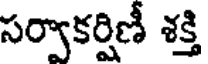
సర్వాకర్షిణీ శక్తి